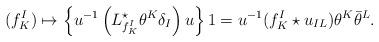
LaTeX: \begin{align*} (f_K^I) \mapsto \left\{u^{-1} \left(L^\star_{f_K^I} \theta^K \delta_I \right) u\right\} 1 = u^{-1} (f_K^I \star u_{IL})\theta^K \bar \theta^L.\end{align*}